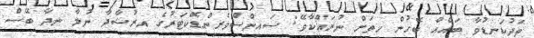
ތަދުކަނޑުވާ ބައެއް ބޭހުން ހިތަށް ނުރައްކާވޭ: ސައިންސްވެރިންޑޮކްޓަރުގެ އިރުޝާދާ ނުލާ ނިދާ ބޭސް